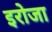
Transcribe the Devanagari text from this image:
इरोजा